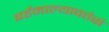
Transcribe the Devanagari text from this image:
बर्हमाल्यावतंसं